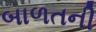
બાળતની